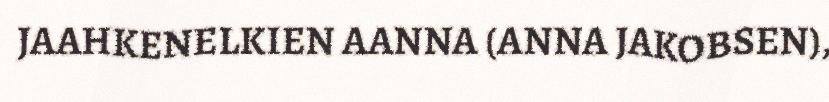
JAAHKENELKIEN AANNA (ANNA JAKOBSEN),